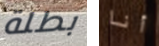
بطلة أنا